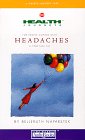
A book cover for For People Coping With Headaches (Health Journeys); Belleruth Naparstek; Health, Fitness & Dieting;